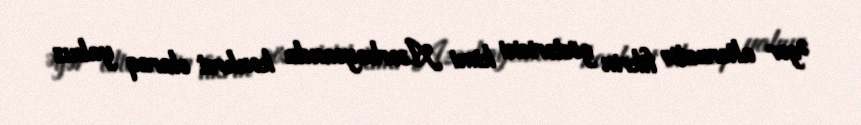
Əgər alternativ fikrin göstəricisi kimi Azərbaycanda konkret olaraq yalnız